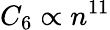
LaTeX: C_{6}\propto n^{11}